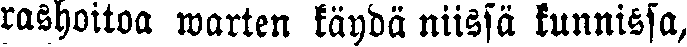
rashoitoa warten käydä niissä kunnissa,